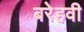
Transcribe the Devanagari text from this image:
बरेहवी